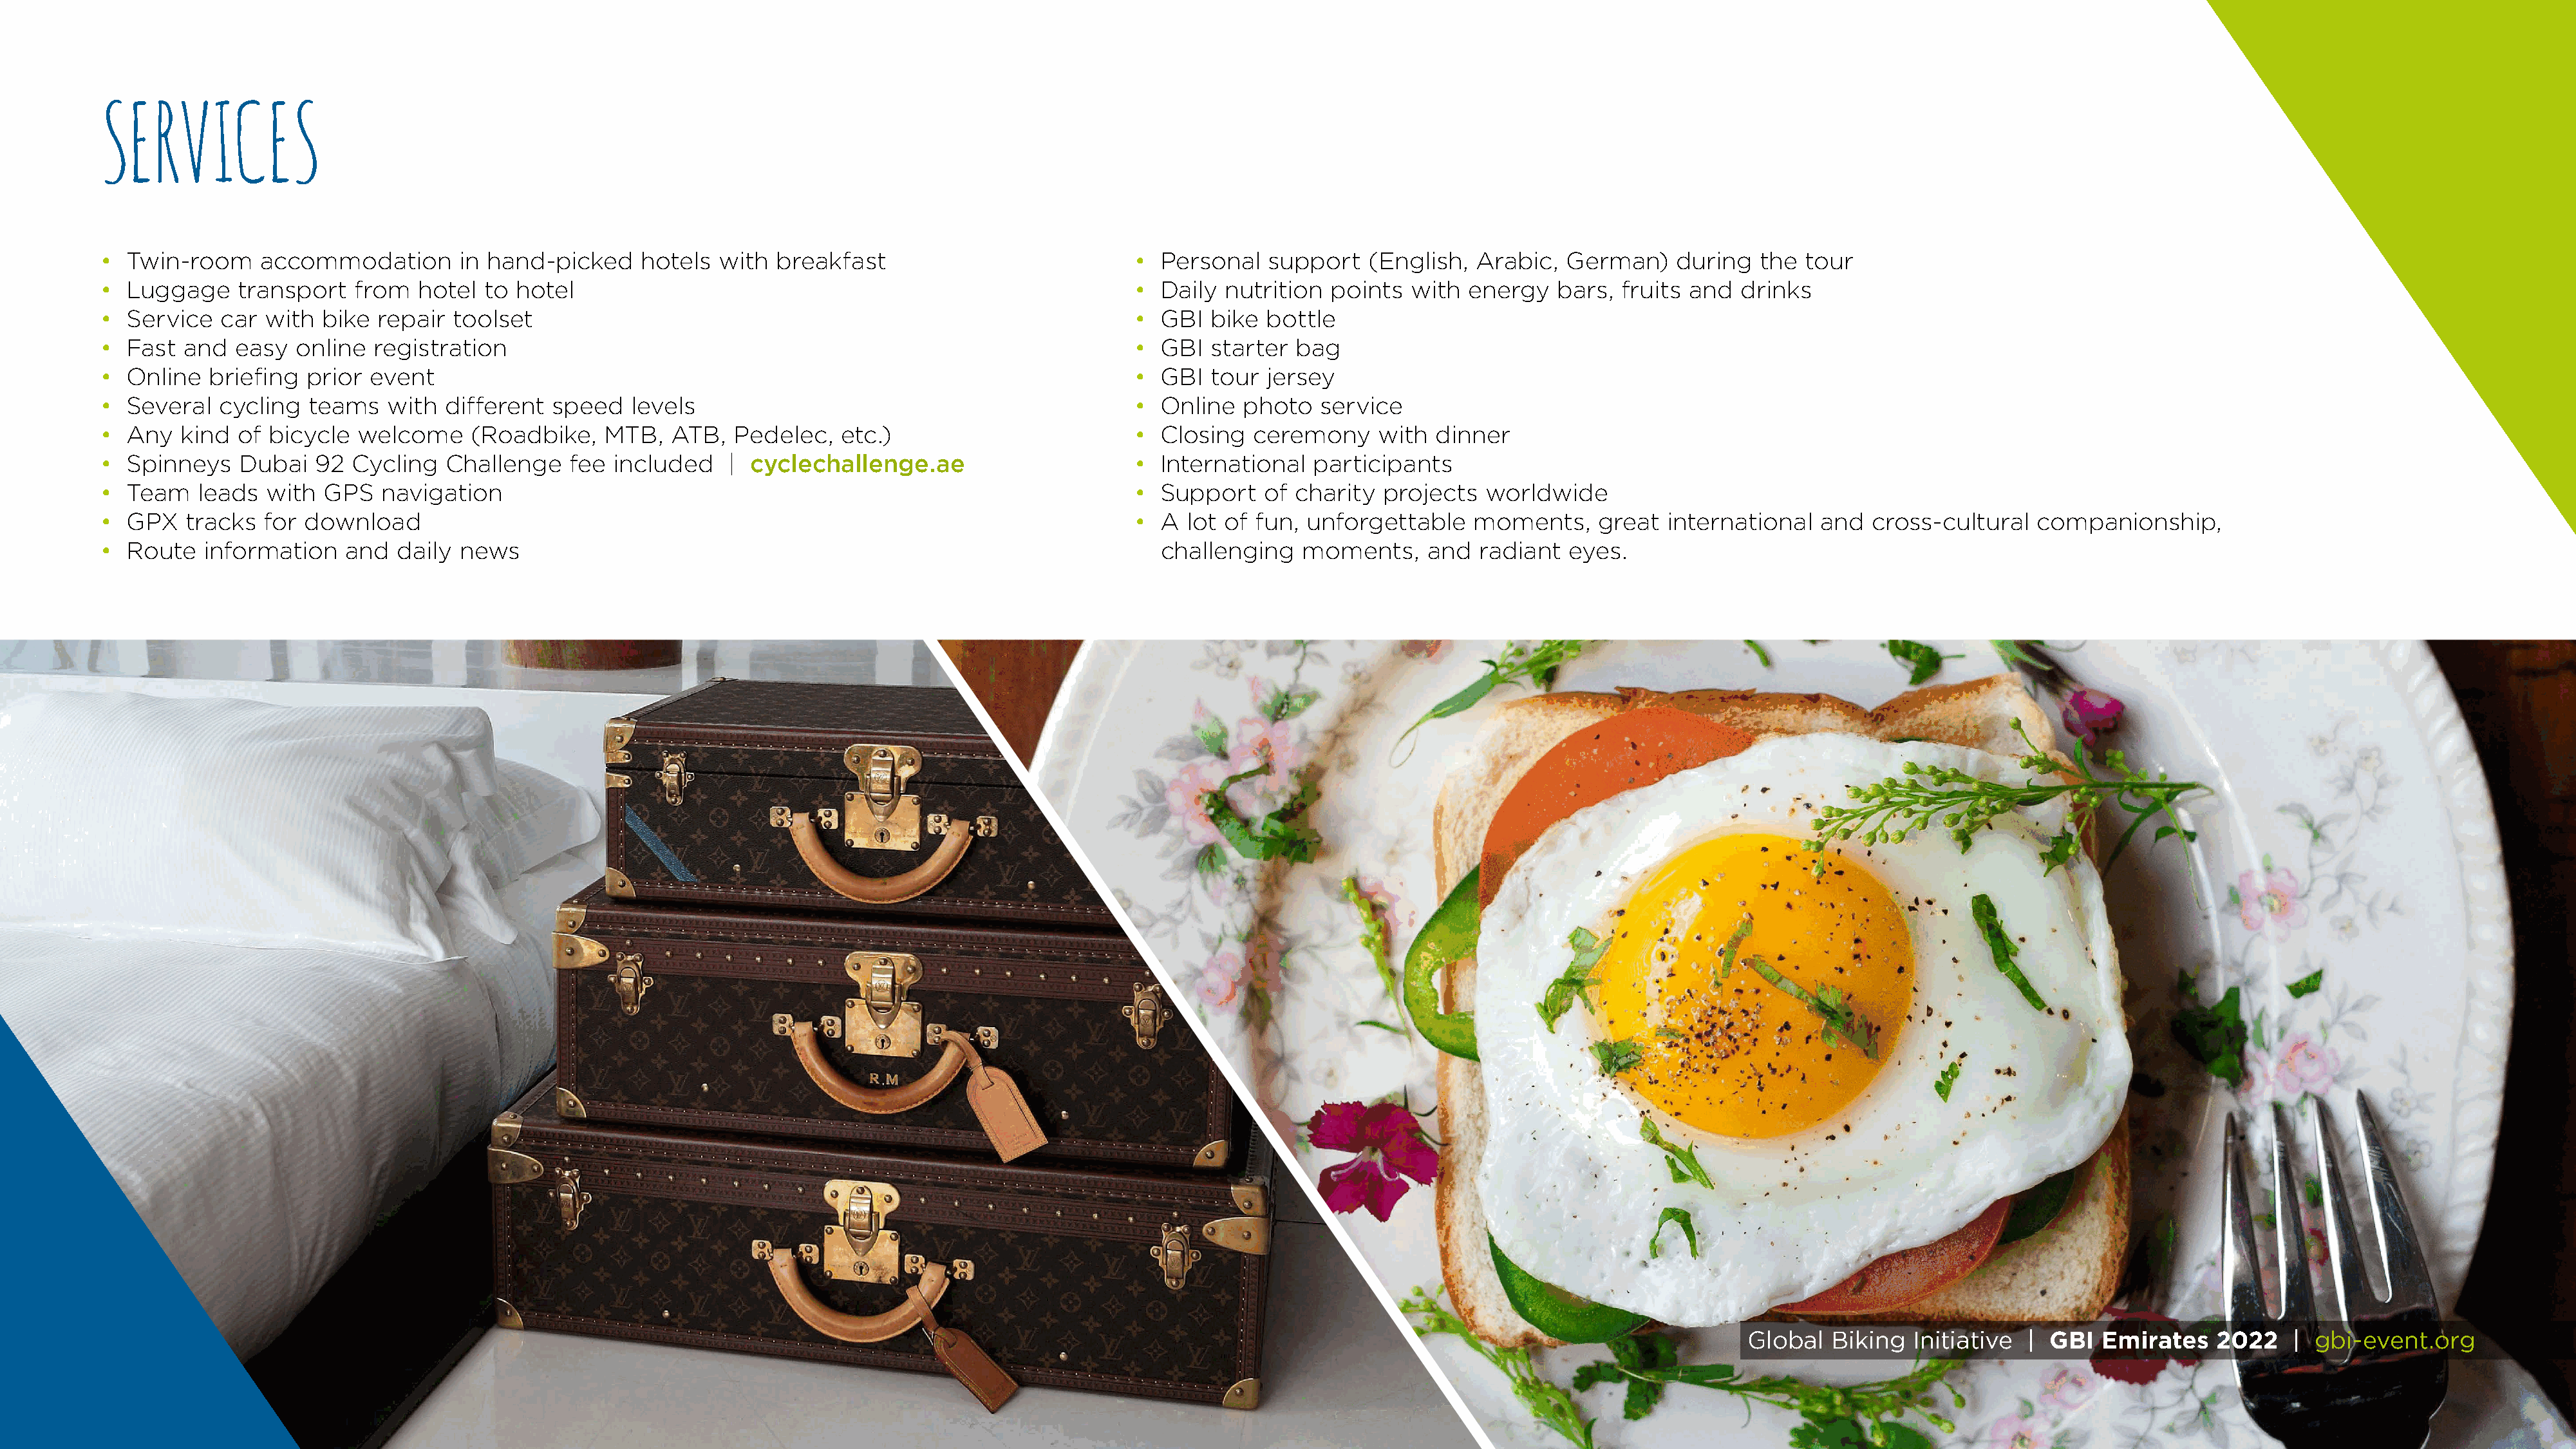
SERVICES
 •  Twin-room     accommodation       in hand-picked     hotels  with  breakfast                            • Personal   support    (English,  Arabic,  German)    during   the  tour
 •  Luggage    transport    from  hotel  to hotel                                                           • Daily  nutrition  points  with  energy   bars,  fruits and  drinks
 •  Service   car with  bike  repair  toolset                                                               • GBI  bike  bottle
 •  Fast  and  easy  online  registration                                                                   • GBI  starter  bag
 •  Online   briefing  prior event                                                                          • GBI  tour  jersey
 •  Several   cycling  teams   with  different  speed   levels                                              • Online   photo   service
 •  Any   kind of  bicycle  welcome    (Roadbike,    MTB,   ATB,  Pedelec,   etc.)                          • Closing   ceremony     with  dinner
 •  Spinneys    Dubai  92  Cycling   Challenge    fee included    | cyclechallenge.ae                       • International   participants
 •  Team   leads  with  GPS   navigation                                                                    • Support    of charity  projects   worldwide
 •  GPX   tracks  for download                                                                              • A  lot of fun, unforgettable     moments,    great  international   and  cross-cultural   companionship,
 •  Route   information    and  daily news                                                                    challenging    moments,     and  radiant  eyes.
 Global  Biking   Initiative |  GBI  Emirates    2022    | gbi-event.org